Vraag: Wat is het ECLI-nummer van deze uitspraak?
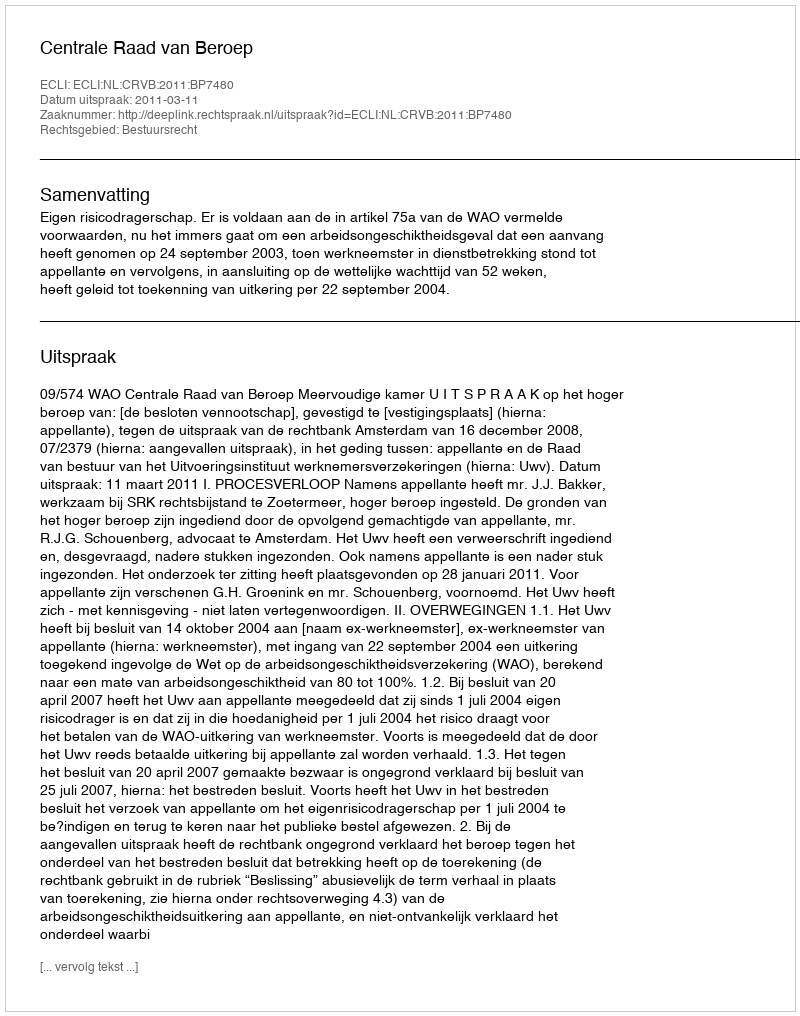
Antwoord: ECLI:NL:CRVB:2011:BP7480